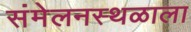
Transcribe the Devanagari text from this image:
संमेलनस्थळाला